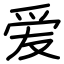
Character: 爱